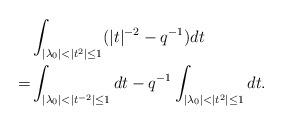
LaTeX: \begin{align*}&\int_{|\lambda_0|< |t^2|\leq1}(|t|^{-2}-q^{-1})dt\\=& \int_{ |\lambda_0|< |t^{-2}|\leq1} dt-q^{-1} \int_{ |\lambda_0|< |t^2|\leq1 }dt.\end{align*}